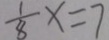
\frac { 1 } { 8 } x = 7